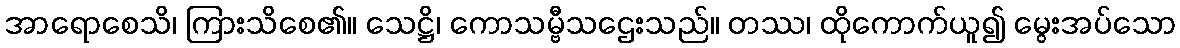
အာရောစေသိ၊ ကြားသိစေ၏။ သေဋ္ဌိ၊ ကောသမ္ဗီသဌေးသည်။ တဿ၊ ထိုကောက်ယူ၍ မွေးအပ်သော